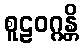
စူဠဝဂ္ဂန္တိ